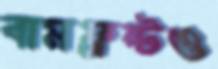
বামফ্রন্টও